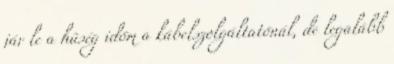
jár le a hűség időm a kábelszolgáltatónál, de legalább